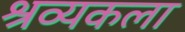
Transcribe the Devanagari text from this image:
श्रव्यकला